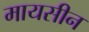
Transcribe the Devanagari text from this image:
मायसीन